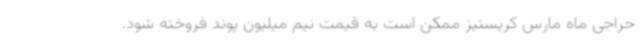
حراجی ماه مارس کریستیز ممکن است به قیمت نیم میلیون‌ پوند فروخته شود.